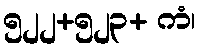
၅၂၂+၅၂၃+ ကံ၊